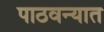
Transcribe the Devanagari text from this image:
पाठवन्यात